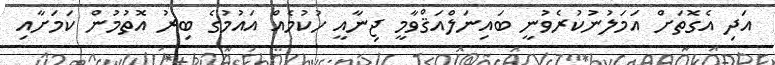
އަދި އެގޮތަށް އަމަލުނުކުރެވުނީ ބައިނަލްއަޤްވާމީ ޖިނާއީ ހުކުމެއް އައުމުގެ ބިރު އޮތުމުން ކަމަށާއި